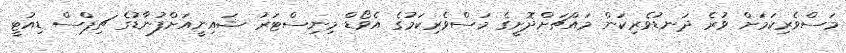
މަސްވެރިކަމަށް ވުރެ ދަނޑުވެރިކަން މައްޗަށްދޮށީގެ މަސްވެރިކަމުގެ އެވޯޑް މިނިސްޓަރު ޝައިނީއަށްފުނާޑުގެ ޗިޕްސް ޑިއުޓީ